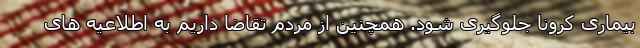
بیماری کرونا جلوگیری شود. همچنین از مردم تقاضا داریم به اطلاعیه های